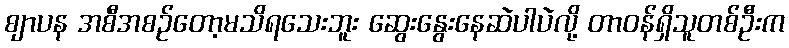
စျာပန အစီအစဥ်တော့မသိရသေးဘူး ဆွေးနွေးနေဆဲပါပဲလို့ တာဝန်ရှိသူတစ်ဦးက